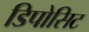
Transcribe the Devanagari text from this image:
डिपोसिट